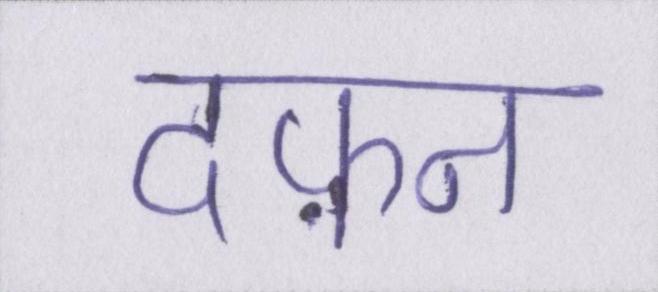
दफ़न